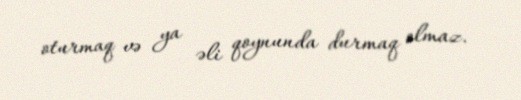
oturmaq və ya əli qoynunda durmaq olmaz.